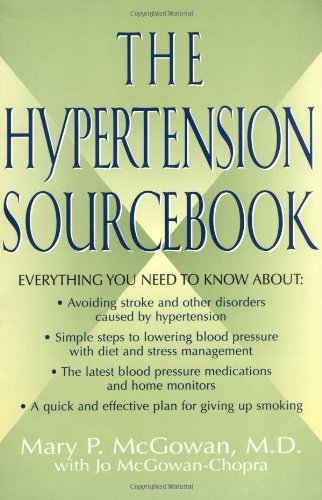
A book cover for The Hypertension Sourcebook; Mary P. McGowan; Health, Fitness & Dieting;